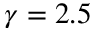
\gamma = 2 . 5